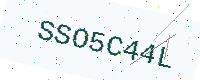
Text: SSO5C44L